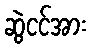
ဆွဲငင်အား